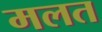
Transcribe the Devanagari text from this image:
मलत